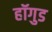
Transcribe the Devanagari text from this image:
हॉगुड